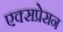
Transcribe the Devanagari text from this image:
एक्सप्रेसन